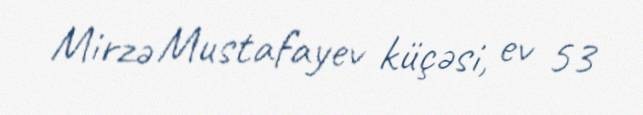
Mirzə Mustafayev küçəsi, ev 53